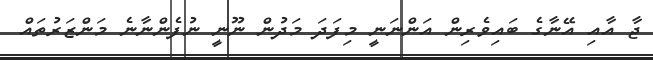
ޖާ އާއި އޭނާގެ ބައިވެރިން އަންނަނީ މިފަދަ މަދުން ނޫނީ ނުފެންނާނެ މަންޒަރުތައް